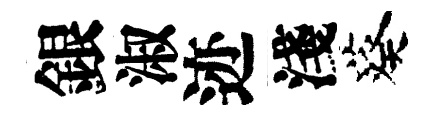
銀淑迹淺葵